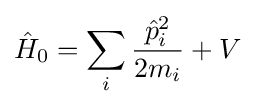
{\hat {H}}_{0}=\sum _{i}{\frac {{\hat {p}}_{i}^{2}}{2m_{i}}}+V